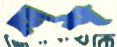
হুশ